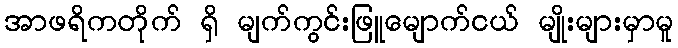
အာဖရိကတိုက် ရှိ မျက်ကွင်းဖြူမျောက်ငယ် မျိုးများမှာမူ